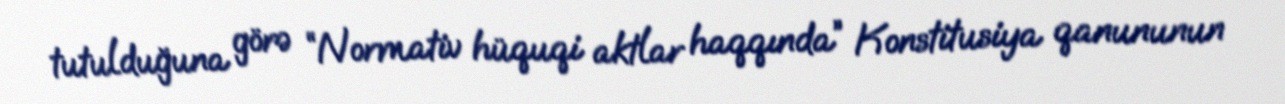
tutulduğuna görə “Normativ hüquqi aktlar haqqında” Konstitusiya qanununun